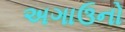
અગાઉનો